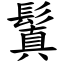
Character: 鬒